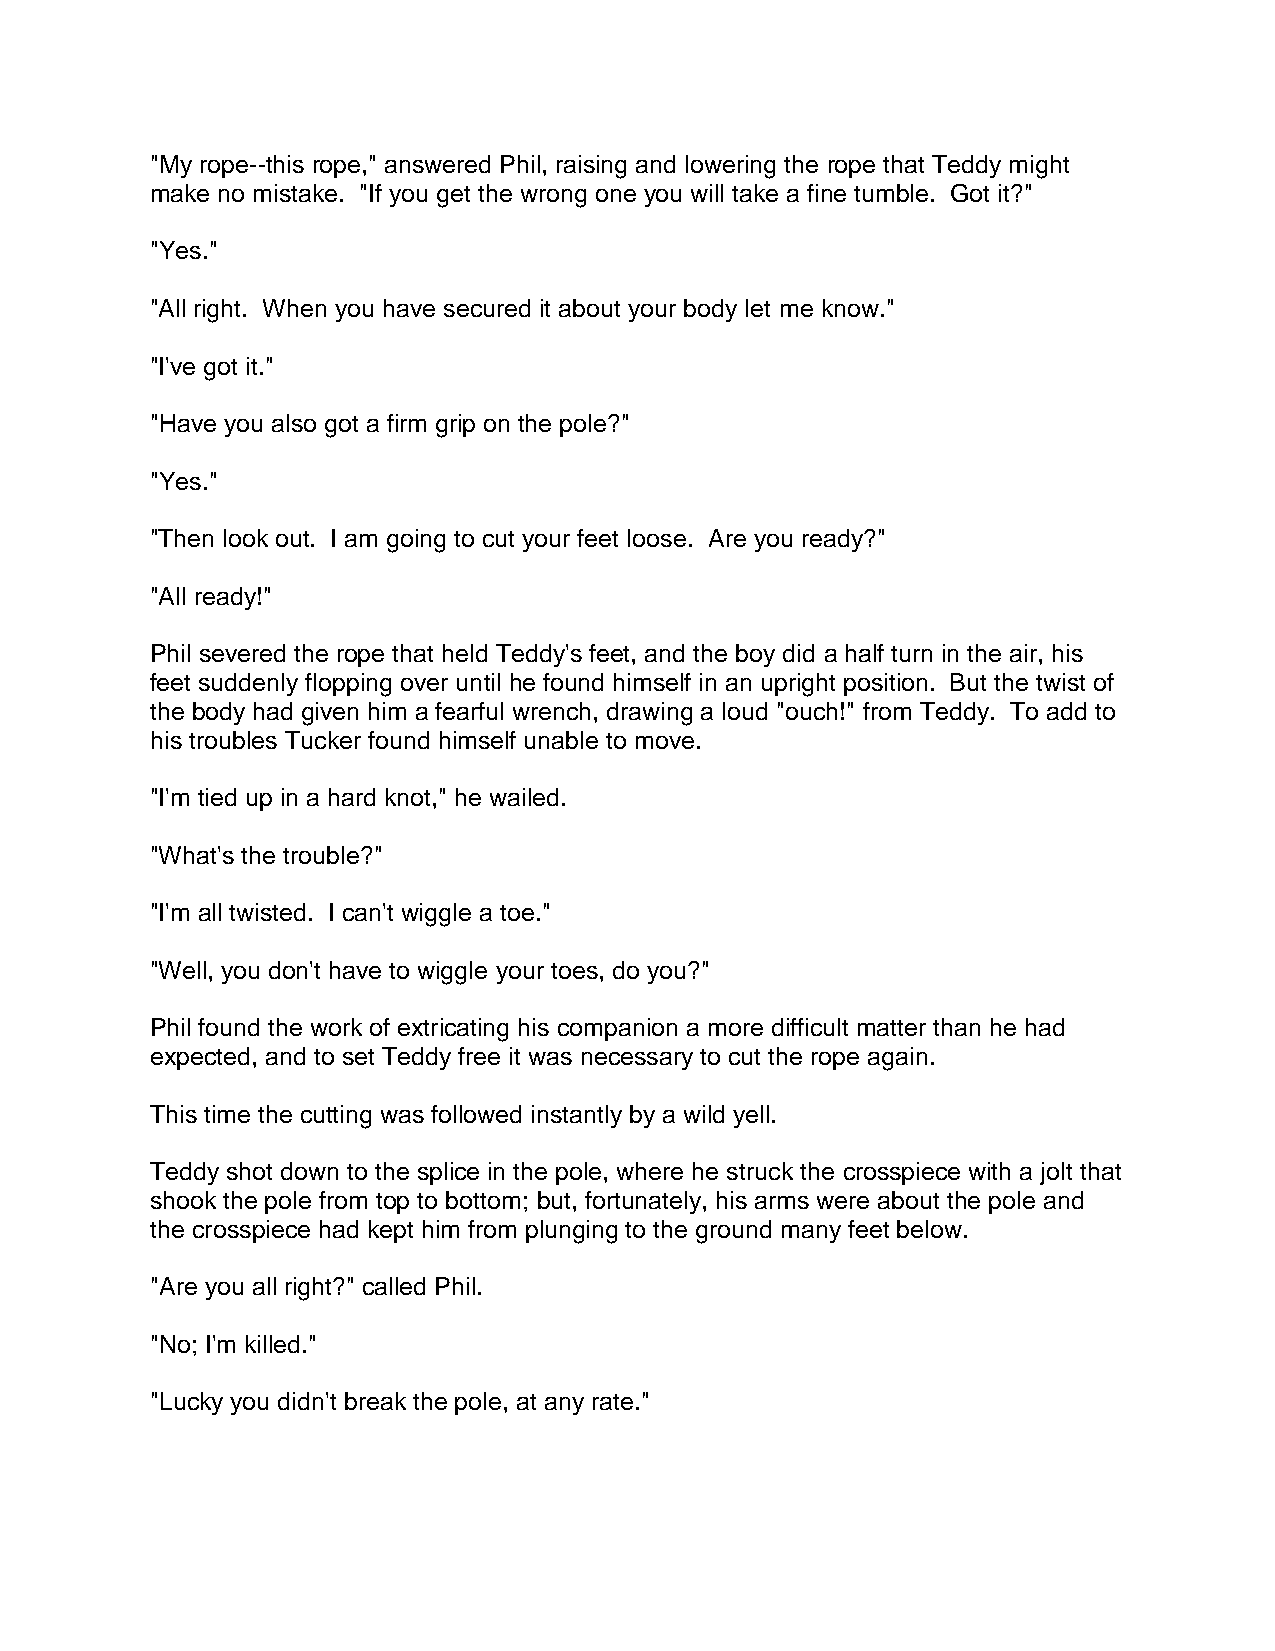
"My rope--this rope," answered Phil, raising and lowering the rope that Teddy might
 make no mistake. "If you get the wrong one you will take a fine tumble. Got it?"
 "Yes."
 "All right. When you have secured it about your body let me know."
 "I've got it."
 "Have you also got a firm grip on the pole?"
 "Yes."
 "Then look out. I am going to cut your feet loose. Are you ready?"
 "All ready!"
 Phil severed the rope that held Teddy's feet, and the boy did a half turn in the air, his
 feet suddenly flopping over until he found himself in an upright position. But the twist of
 the body had given him a fearful wrench, drawing a loud "ouch!" from Teddy. To add to
 his troubles Tucker found himself unable to move.
 "I'm tied up in a hard knot," he wailed.
 "What's the trouble?"
 "I'm all twisted. I can't wiggle a toe."
 "Well, you don't have to wiggle your toes, do you?"
 Phil found the work of extricating his companion a more difficult matter than he had
 expected, and to set Teddy free it was necessary to cut the rope again.
 This time the cutting was followed instantly by a wild yell.
 Teddy shot down to the splice in the pole, where he struck the crosspiece with a jolt that
 shook the pole from top to bottom; but, fortunately, his arms were about the pole and
 the crosspiece had kept him from plunging to the ground many feet below.
 "Are you all right?" called Phil.
 "No; I'm killed."
 "Lucky you didn't break the pole, at any rate."